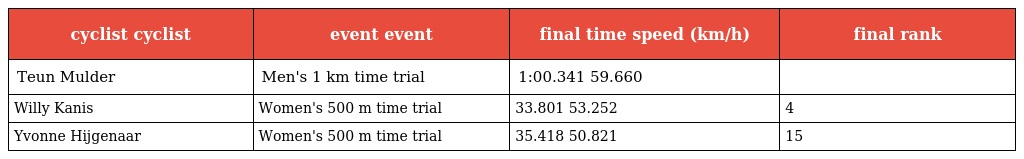
| cyclist cyclist | event event | final time speed (km/h) | final rank |
 | --- | --- | --- | --- |
 | Teun Mulder | Men's 1 km time trial | 1:00.341 59.660 |  |
 | Willy Kanis | Women's 500 m time trial | 33.801 53.252 | 4 |
 | Yvonne Hijgenaar | Women's 500 m time trial | 35.418 50.821 | 15 |